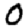
Digit: 0